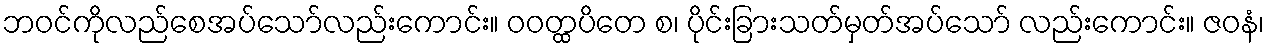
ဘဝင်ကိုလည်စေအပ်သော်လည်းကောင်း။ ဝဝတ္ထပိတေ စ၊ ပိုင်းခြားသတ်မှတ်အပ်သော် လည်းကောင်း။ ဇဝနံ၊